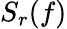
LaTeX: S_{r}(f)